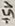
Text: +5V